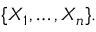
\{ X _ { 1 } , \dots , X _ { n } \} .